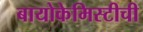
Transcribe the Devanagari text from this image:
बायोकेमिस्टीची